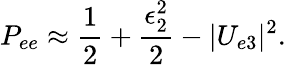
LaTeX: P_{ee}\approx\frac{1}{2}+\frac{\epsilon_{2}^{2}}{2}-|U_{e3}|^{2}.